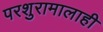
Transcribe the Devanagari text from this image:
परशुरामालाही